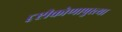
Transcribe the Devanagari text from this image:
दृष्टीकोणापुरत्या